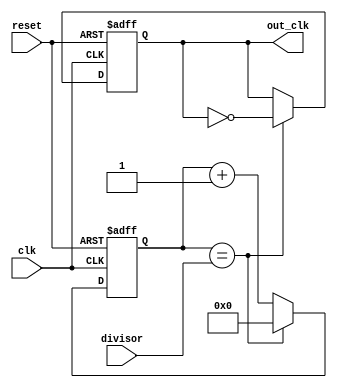
module programmable_clock_divider (
    input wire clk,
    input wire reset,
    input wire [7:0] divisor,
    output reg out_clk
);

reg [7:0] counter;

always @ (posedge clk or posedge reset) begin
    if (reset) begin
        counter <= 8'h00;
        out_clk <= 1'b0;
    end else begin
        if (counter == divisor) begin
            counter <= 8'h00;
            out_clk <= ~out_clk;
        end else begin
            counter <= counter + 1;
        end
    end
end

endmodule